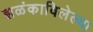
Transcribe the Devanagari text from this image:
झळंकाविलेल्या